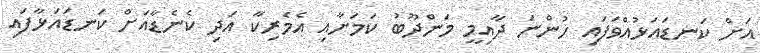
އަށް ކަނޑައަޅުއްވަފައި ހުންނަ ދާއިމީ މަންދޫބު ކަމަށާއި އެމެރިކާ އަދި ކެނެޑާއަށް ކަނޑައަޅާފައި